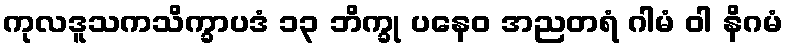
ကုလဒူသကသိက္ခာပဒံ ၁၃ ဘိက္ခု ပနေဝ အညတရံ ဂါမံ ဝါ နိဂမံ